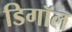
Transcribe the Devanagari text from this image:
डिगॉल